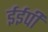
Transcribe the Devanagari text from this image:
ईईपी